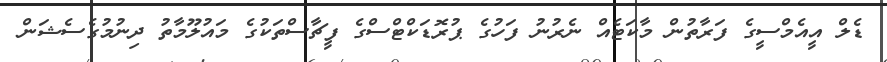
ޑެލް އީއެމްސީގެ ފަރާތުން މާކަޓެއް ނެރުނު ފަހުގެ ޕުރޮޑަކްޓްސްގެ ފީޗާސްތަކުގެ މައުލޫމާތު ދިނުމުގެސެޝަން